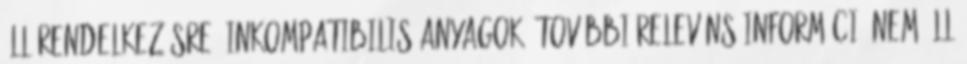
áll rendelkezésre. Inkompatibilis anyagok: További releváns információ nem áll